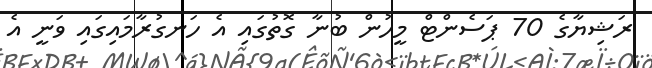
ރަޝިޔާގެ 70 ޕަސެންޓް މީހުން ބުނާ ގޮތުގައި އެ ހަނގުރާމައިގައި ވަނީ އެ